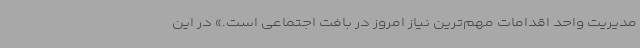
مدیریت واحد اقدامات مهم‌ترین نیاز امروز در بافت اجتماعی است.» در این